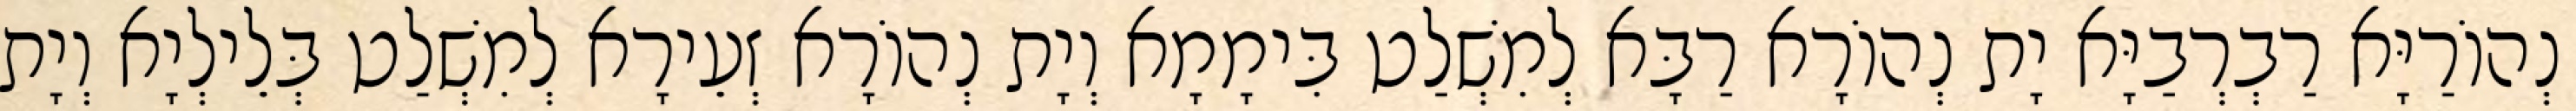
נְהוֹרַיָּא רַבְרְבַיָּא יָת נְהוֹרָא רַבָּא לְמִשְׁלַט בִּימָמָא וְיָת נְהוֹרָא זְעֵירָא לְמִשְׁלַט בְּלֵילְיָא וְיָת